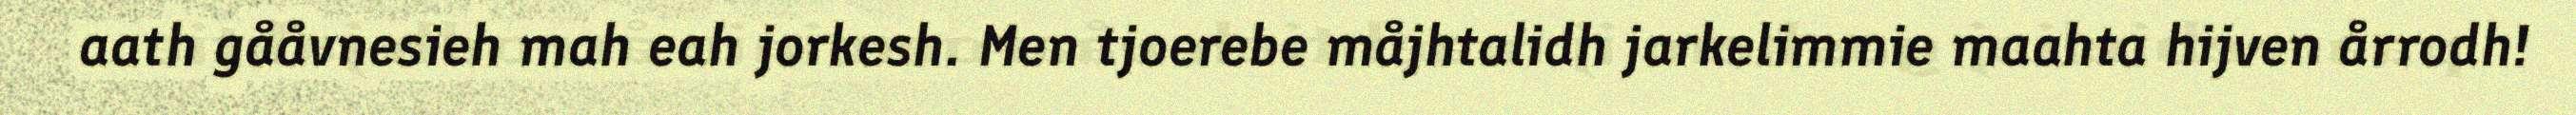
aath gååvnesieh mah eah jorkesh. Men tjoerebe måjhtalidh jarkelimmie maahta hijven årrodh!